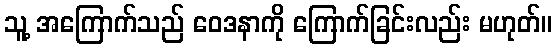
သူ့ အကြောက်သည် ဝေဒနာကို ကြောက်ခြင်းလည်း မဟုတ်။